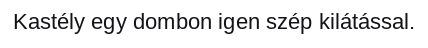
Kastély egy dombon igen szép kilátással.